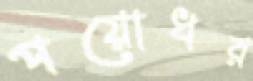
পয়োধর